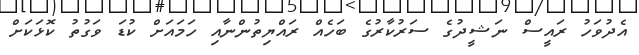
އެދުވަހު ރައީސް ނަޝީދުގެ ސަރުކާރުގެ ބަހެއް ރައްޔިތުންނާއި ހަމައަށް ކުޑަ ވަގުތު ކޮޅަކަށް